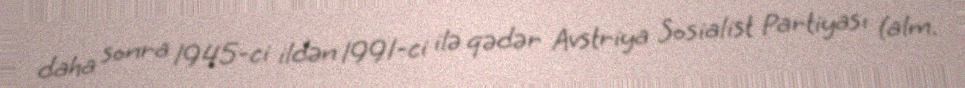
daha sonra 1945-ci ildən 1991-ci ilə qədər Avstriya Sosialist Partiyası (alm.